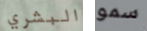
البشري سمو